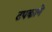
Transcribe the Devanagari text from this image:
टपकाने